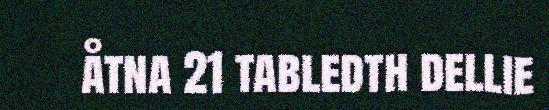
åtna 21 tabledth dellie